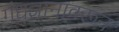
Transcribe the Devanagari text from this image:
गंधज्ञानावरून